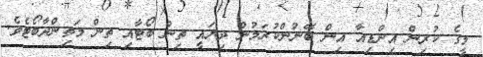
މީގެ ކުރިން އިންޑިއާ އިން ބޭނުންކުރަމުން ދިޔައީ ތިން ބޯޓާއި ތިން މަތިންދާބޯޓެވެ.